King Institute of Preventive Medicine Micro-Biological Section reports 1909-11
Year: 1909
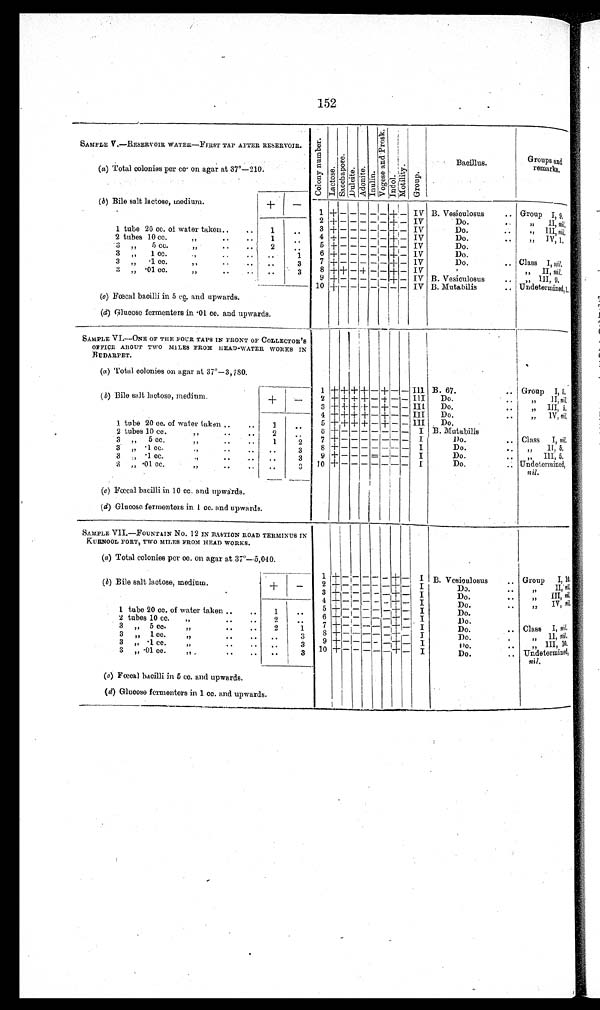
152
SAMPLE V.—RESERVOIR WATER—FIRST TAP AFTER RESERVOIR.
C o l o n y n u m b e r . L a c t o s e . S a c c h a p o e e .
D u l c i t e .
A d o n i t e . I n u l i n .
V o g e s e a n d P r o s k . I n d o l .
M o t i l i t y .
Gr oup.
Bacillus.
Groups and
remarks.
(a) Total colonies per cc on agar at 37°—210.
(b) Bile salt lactose, medium.
+
— 1 + — — — — — +
— IV B. Vesiculosus .. Group I, 9
2 + — — — — — + — IV
Do ..
,, II, nil,
1 tube 20 cc. of water taken..
..
1
. . 3 + — — — — — + — IV
Do. .. ,, III, n i l .
1
..
4 + — — — — — + — IV
Do. ..
,, IV, 1,
2 tubes 10 cc.
, ,
.. . .
2
. .
5 + — — — — — + — IV
Do.
3 ,, 5 cc.
, ,
. .
.
...
. .
1
6 + — — — — — + — IV
Do.
3
, ,
1 c c .
, ,
. .
. . ..
3
7 + — — — — — + — IV
Do. .. Class I, n i l .
3 „ •1cc.
, ,
. .
. .
. .
3
8 + + — + — — + — IV
,, II, nil.
3 „ •01 cc.
, ,
. .
. .
9 + — — — — — + — IV B. Vesiculosus .. ,, III, 9.
1 0 + — — — — — — — IV B. Mutabilis .. Undetermined, 1,
(c) Fœcal bacilli in 5 cc. and upwards.
(d) Glucose fementers in ·01 cc. and upwards.
SAMPLE VI.—ONE OF THE FOUR TAPS IN FRONT OF COLLECTOR'S
OFFICE ABOUT TWO MILES FROM HEAD-WATER WORKS IN
BUDARPET.
(a) Total colonies on agar at 37º—3,780.
1 + + + + — + — — III B. 67.
.. Group I, 5,
(b) Bile salt lactose, medium.
„ II, nil,
+
— 2 + + + + — + — — III Do. ..
„ III, 5,
3 + + + + — + — — III Do. ..
4 + + + + — + — — III Do. ..
, , I V ,
n i l
.
1 tube 20 cc. of water taken..
.. 1
. . 5
+ + + + — + — — III Do.
6 +
—
— — — — — — I B. Mutabilis
2
2 tubes 10 cc.
, , . . . .
. .
Class I, nil,
7 + — — — — — — — I
Do. ..
3 „ 5 cc.
,, ..
..
1
2
I
,, 11, 5.
Do. ..
3
8 + — — — — — — —
3 „ • 1 cc.
,, .. ..
..
Do. .. „ III, 5.
9 + — — — — — — — I
3 ,, • 1 cc.
,, .. ..
. . 3
Undetermined, n i l
.
10 + — — —
— — — —
I
Do. ..
3
3 ,, ·01 cc. ,, .. ..
. .
(c) Fœcal bacilli in 10 cc. and upwards.
(d) Glucose fermenters in 1 cc. and upwards.
SAMPLE VII.—FOUNTAIN No. 12 IN BASTION ROAD TERMINUS IN
KURNOOL FORT, TWO MILES FROM HEAD WORKS.
1 +
— — — — —
+
—
I B. Vesiculosus
Group I, 10.
(a) Total colonies per cc. on agar at 37°—
5,040.
(b) Bile salt lactose, medium.
+
—
2 +
— — — — —
+
—
I
D o . . .
, , I I I
n i l .
3 + —
—
— — — + — I
Do.
,, III n i l .
4 + —
—
— —
—
+
—
I
D o . . .
, , I V ,
n i l ,
1 tube 20 cc. of water taken.. ..
1
. . 5 +
— — — — —
+
—
I
Do.
2 tubes 10 cc.
, ,
. .
..
2
. . 6 +
—— — — — —
+
—
I
Do
3
„
5 c c .
. .
. .
2
1
7 +
— — — — —
+
—
I
Do. .. Class I, Ni l.
3
, ,
1 c c .
, ,
. . . .
. .
3
8 + —
—
— —
—
+ — I
D o . . .
, , I I
ni l .
3
„·1 cc.
, ,
. .
. .
. .
3
9 + — — — — —
+
—
I
D o .
„ I I I 1 0
3
, ,
· 0 1 c c .
, ,
..
. .
. .
3 10 +
— — — — —
+
—
I
Do. .. Undetermine
d, nil.
(a) Fœtal bacilli in 5 cc. and upwards.
(d) Glucose fermenters in 1 cc. and upwards.
------